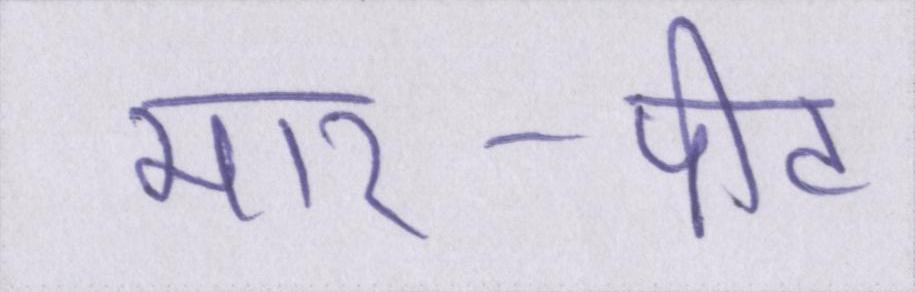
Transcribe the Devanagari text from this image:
मार-पीट